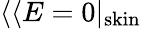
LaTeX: \langle\langle E=0|_{\mathrm{skin}}